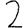
Digit: 2